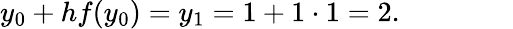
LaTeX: y_{0}+hf(y_{0})=y_{1}=1+1\cdot 1=2.\qquad\qquad